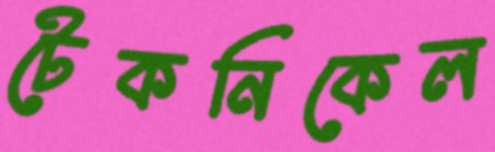
টেকনিকেল